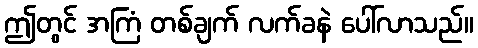
ဤတွင် အကြံ တစ်ချက် လက်ခနဲ ပေါ်လာသည်။